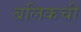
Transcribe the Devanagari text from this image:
बलिकची